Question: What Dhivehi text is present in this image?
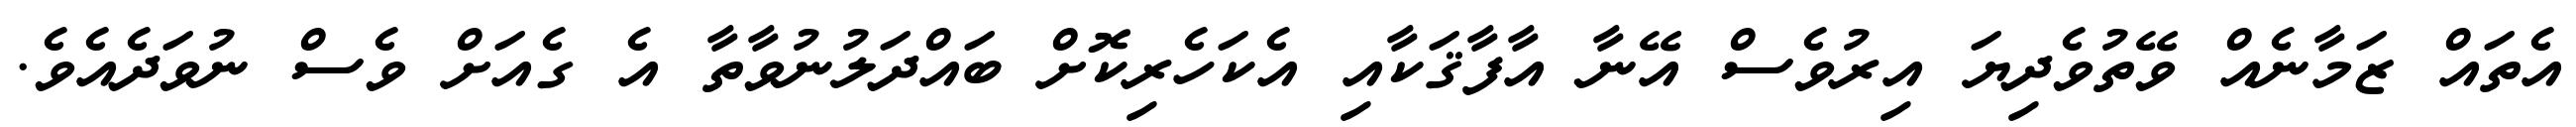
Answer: އެތައް ޒަމާނެއް ވޭތުވެދިޔަ އިރުވެސް އޭނާ އާފާޤަކާއި އެކަހެރިކޮށް ބައްދަލުނުވާތާ އެ ގެއަށް ވެސް ނުވަދެއެވެ.